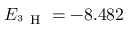
E _ { ^ 3 \mathrm { ~ H ~ } } = - 8 . 4 8 2